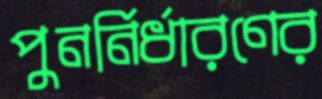
পুনর্নির্ধারণের